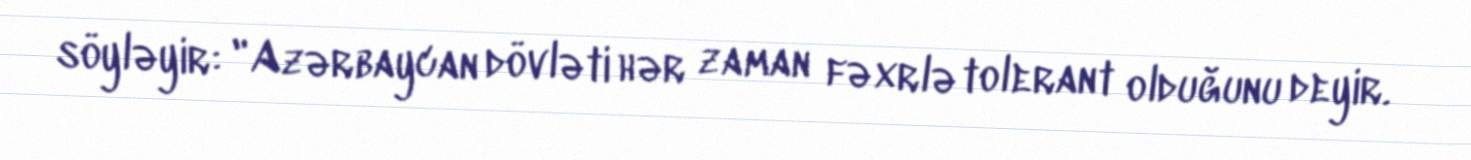
söyləyir: "Azərbaycan dövləti hər zaman fəxrlə tolerant olduğunu deyir.